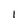
Character: l